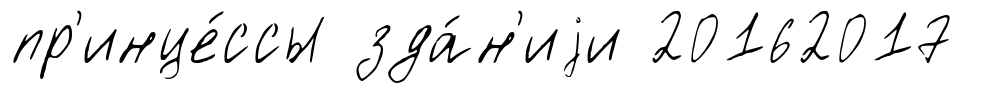
пр'инце́ссы зда́н'иjи 20162017